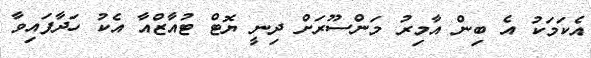
އެކަމަކު އެ ބިން އާމިރު މަންސޫރަށް ދިނީ ޔޮޓް ޓުއާޒްއާ އެކު ހަދާފައިވާ